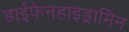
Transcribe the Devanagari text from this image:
डाईफेनहाइड्रामिन